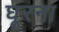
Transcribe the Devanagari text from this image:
घूरना